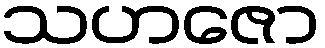
သဟဇော